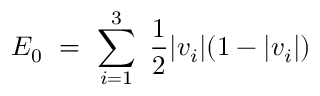
E _ { 0 } \ = \ \sum _ { i = 1 } ^ { 3 } \ { \frac { 1 } { 2 } } | v _ { i } | ( 1 - | v _ { i } | )